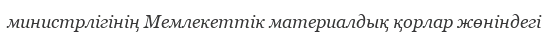
министрлігінің Мемлекеттік материалдық қорлар жөніндегі